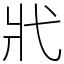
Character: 𢍿